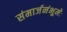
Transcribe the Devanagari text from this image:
संमार्जनंभूमेः